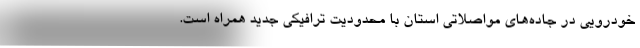
خودرویی در جاده‌های مواصلاتی استان با محدودیت ترافیکی جدید همراه است.